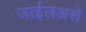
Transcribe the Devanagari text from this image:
जाईलअसे